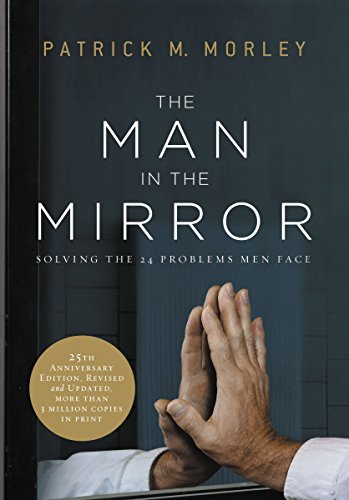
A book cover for The Man in the Mirror: Solving the 24 Problems Men Face; Patrick Morley; Christian Books & Bibles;